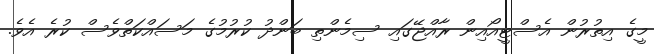
މީގެ އިތުރުން އެސްޓީއޯއިން ރާއްޖޭގައި ސިމެންތި ބަންދު ކުރުމުގެ މަސައްކަތްވެސް ކުރެ އެވެ.